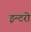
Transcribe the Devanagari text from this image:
इन्टरो